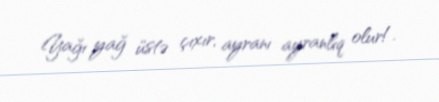
Yağı yağ üstə çıxır, ayranı ayranlıq olur!.